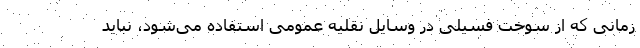
زمانی که از سوخت فسیلی در وسایل نقلیه عمومی استفاده می‌شود، نباید